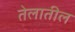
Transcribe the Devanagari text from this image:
तेलातील